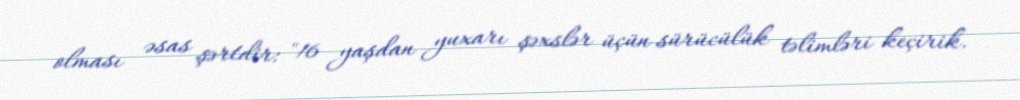
olması əsas şərtdir: "16 yaşdan yuxarı şəxslər üçün sürücülük təlimləri keçirik.